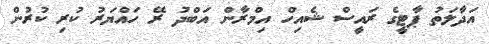
އަދާލަތު ޕާޓީގެ ރައީސް ޝެއިހް އިމްރާން އަބްދު ރޭ ހައްޔަރު ކުރި ކުރުން